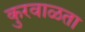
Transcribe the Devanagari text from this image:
कुरवाळता